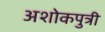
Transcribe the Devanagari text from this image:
अशोकपुत्री